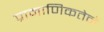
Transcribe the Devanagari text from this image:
प्रामाणिकतेने